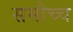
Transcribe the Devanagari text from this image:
समौच्च